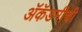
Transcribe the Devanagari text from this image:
ॲकॅडमीची